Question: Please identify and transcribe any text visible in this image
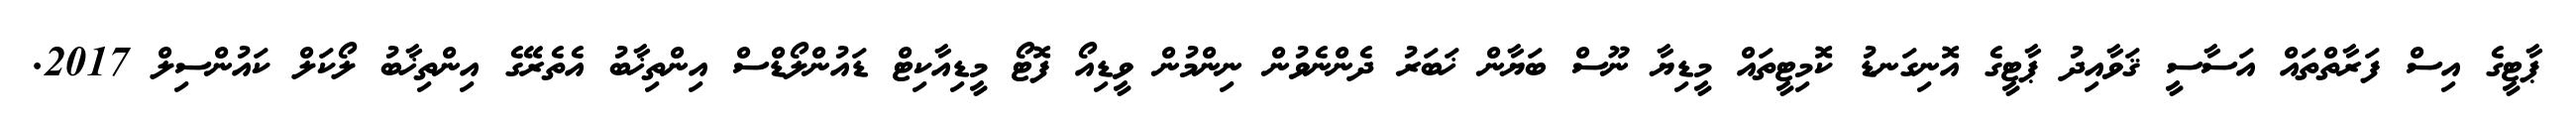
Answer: ޕާޓީގެ އިސް ފަރާތްތައް އަސާސީ ޤަވާއިދު ޕާޓީގެ އޮނިގަނޑު ކޮމިޓީތައް މީޑިޔާ ނޫސް ބަޔާން ޚަބަރު ދެންނެވުން ނިންމުން ވީޑިއޯ ފޮޓޯ މީޑިއާކިޓް ޑައުންލޯޑްސް އިންތިޚާބު އެތެރޭގެ އިންތިޚާބު ލޯކަލް ކައުންސިލް 2017.